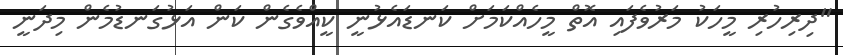
"ދިރިހުރި މީހަކު މަރުވެފައި އޮތް މީހެއްކަމަށް ކަނޑައެޅުނީ ކީއްވެގެން ކަން އަޅުގަނޑުމެން މިދަނީ